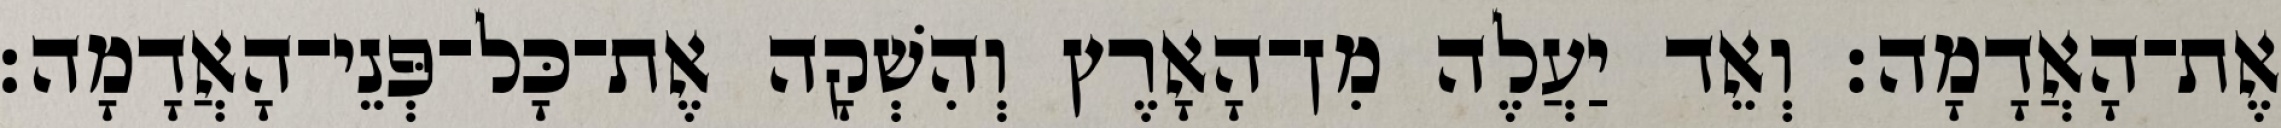
אֶת־הָאֲדָמָה׃ וְאֵד יַעֲלֶה מִן־הָאָרֶץ וְהִשְׁקָה אֶת־כָּל־פְּנֵי־הָאֲדָמָה׃